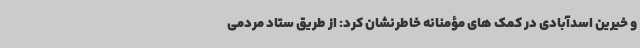
و خیرین اسدآبادی در کمک های مؤمنانه خاطرنشان کرد: از طریق ستاد مردمی